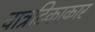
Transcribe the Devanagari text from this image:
वात्रटिकाकार